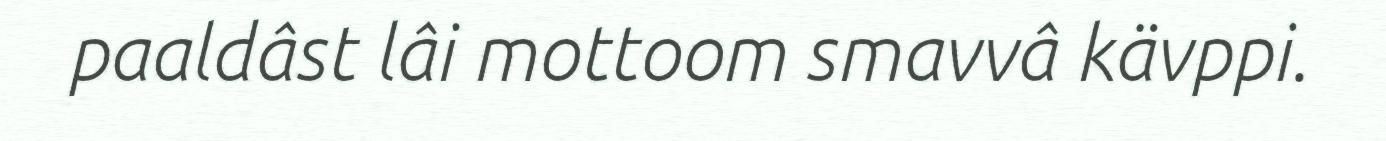
paaldâst lâi mottoom smavvâ kävppi.